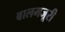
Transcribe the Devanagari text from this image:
बालमजूरी